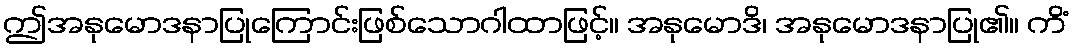
ဤအနုမောဒနာပြုကြောင်းဖြစ်သောဂါထာဖြင့်။ အနုမောဒိ၊ အနုမောဒနာပြု၏။ ကိံ